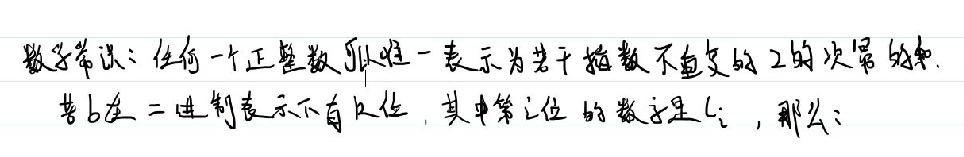
数学常识：任何一个正整数可以唯一表示为若干指数不重复的2的次幂的和.
若 \( b \) 在二进制表示下有 \( n \) 位，其中第 \( i \) 位的数字是 \( c_{i} \)，那么：